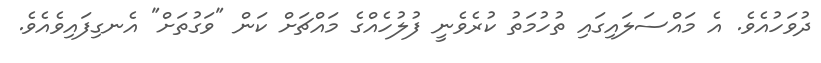
ދުވަހުއެވެ. އެ މައްސަލައިގައި ތުހުމަތު ކުރެވެނީ ފުލުހެއްގެ މައްޗަށް ކަން "ވަގުތަށް" އެނގިފައިވެއެވެ.